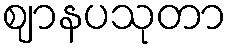
ဈာနပသုတာ